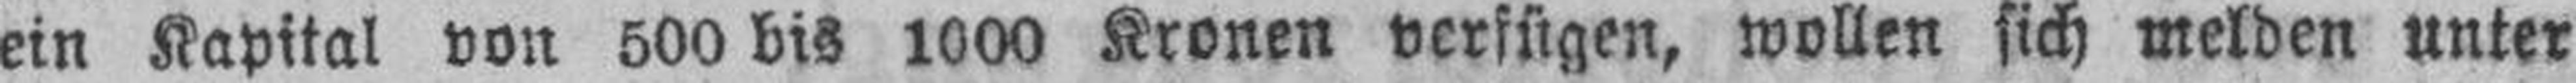
ein Kapital von 500 bis 1000 Kronen verfügen, wollen sich melden unter